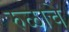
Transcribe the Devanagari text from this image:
रुळाचे